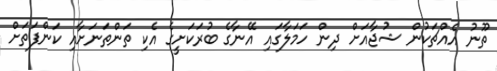
ތޫނު އެއްޗަކުން ޝުޖާއަށް ދިން ހަމަލާގައި އޭނާގެ ބުރަކަށީގެ އެކި ތަންތަނަށާއި ކަންފަތަށް